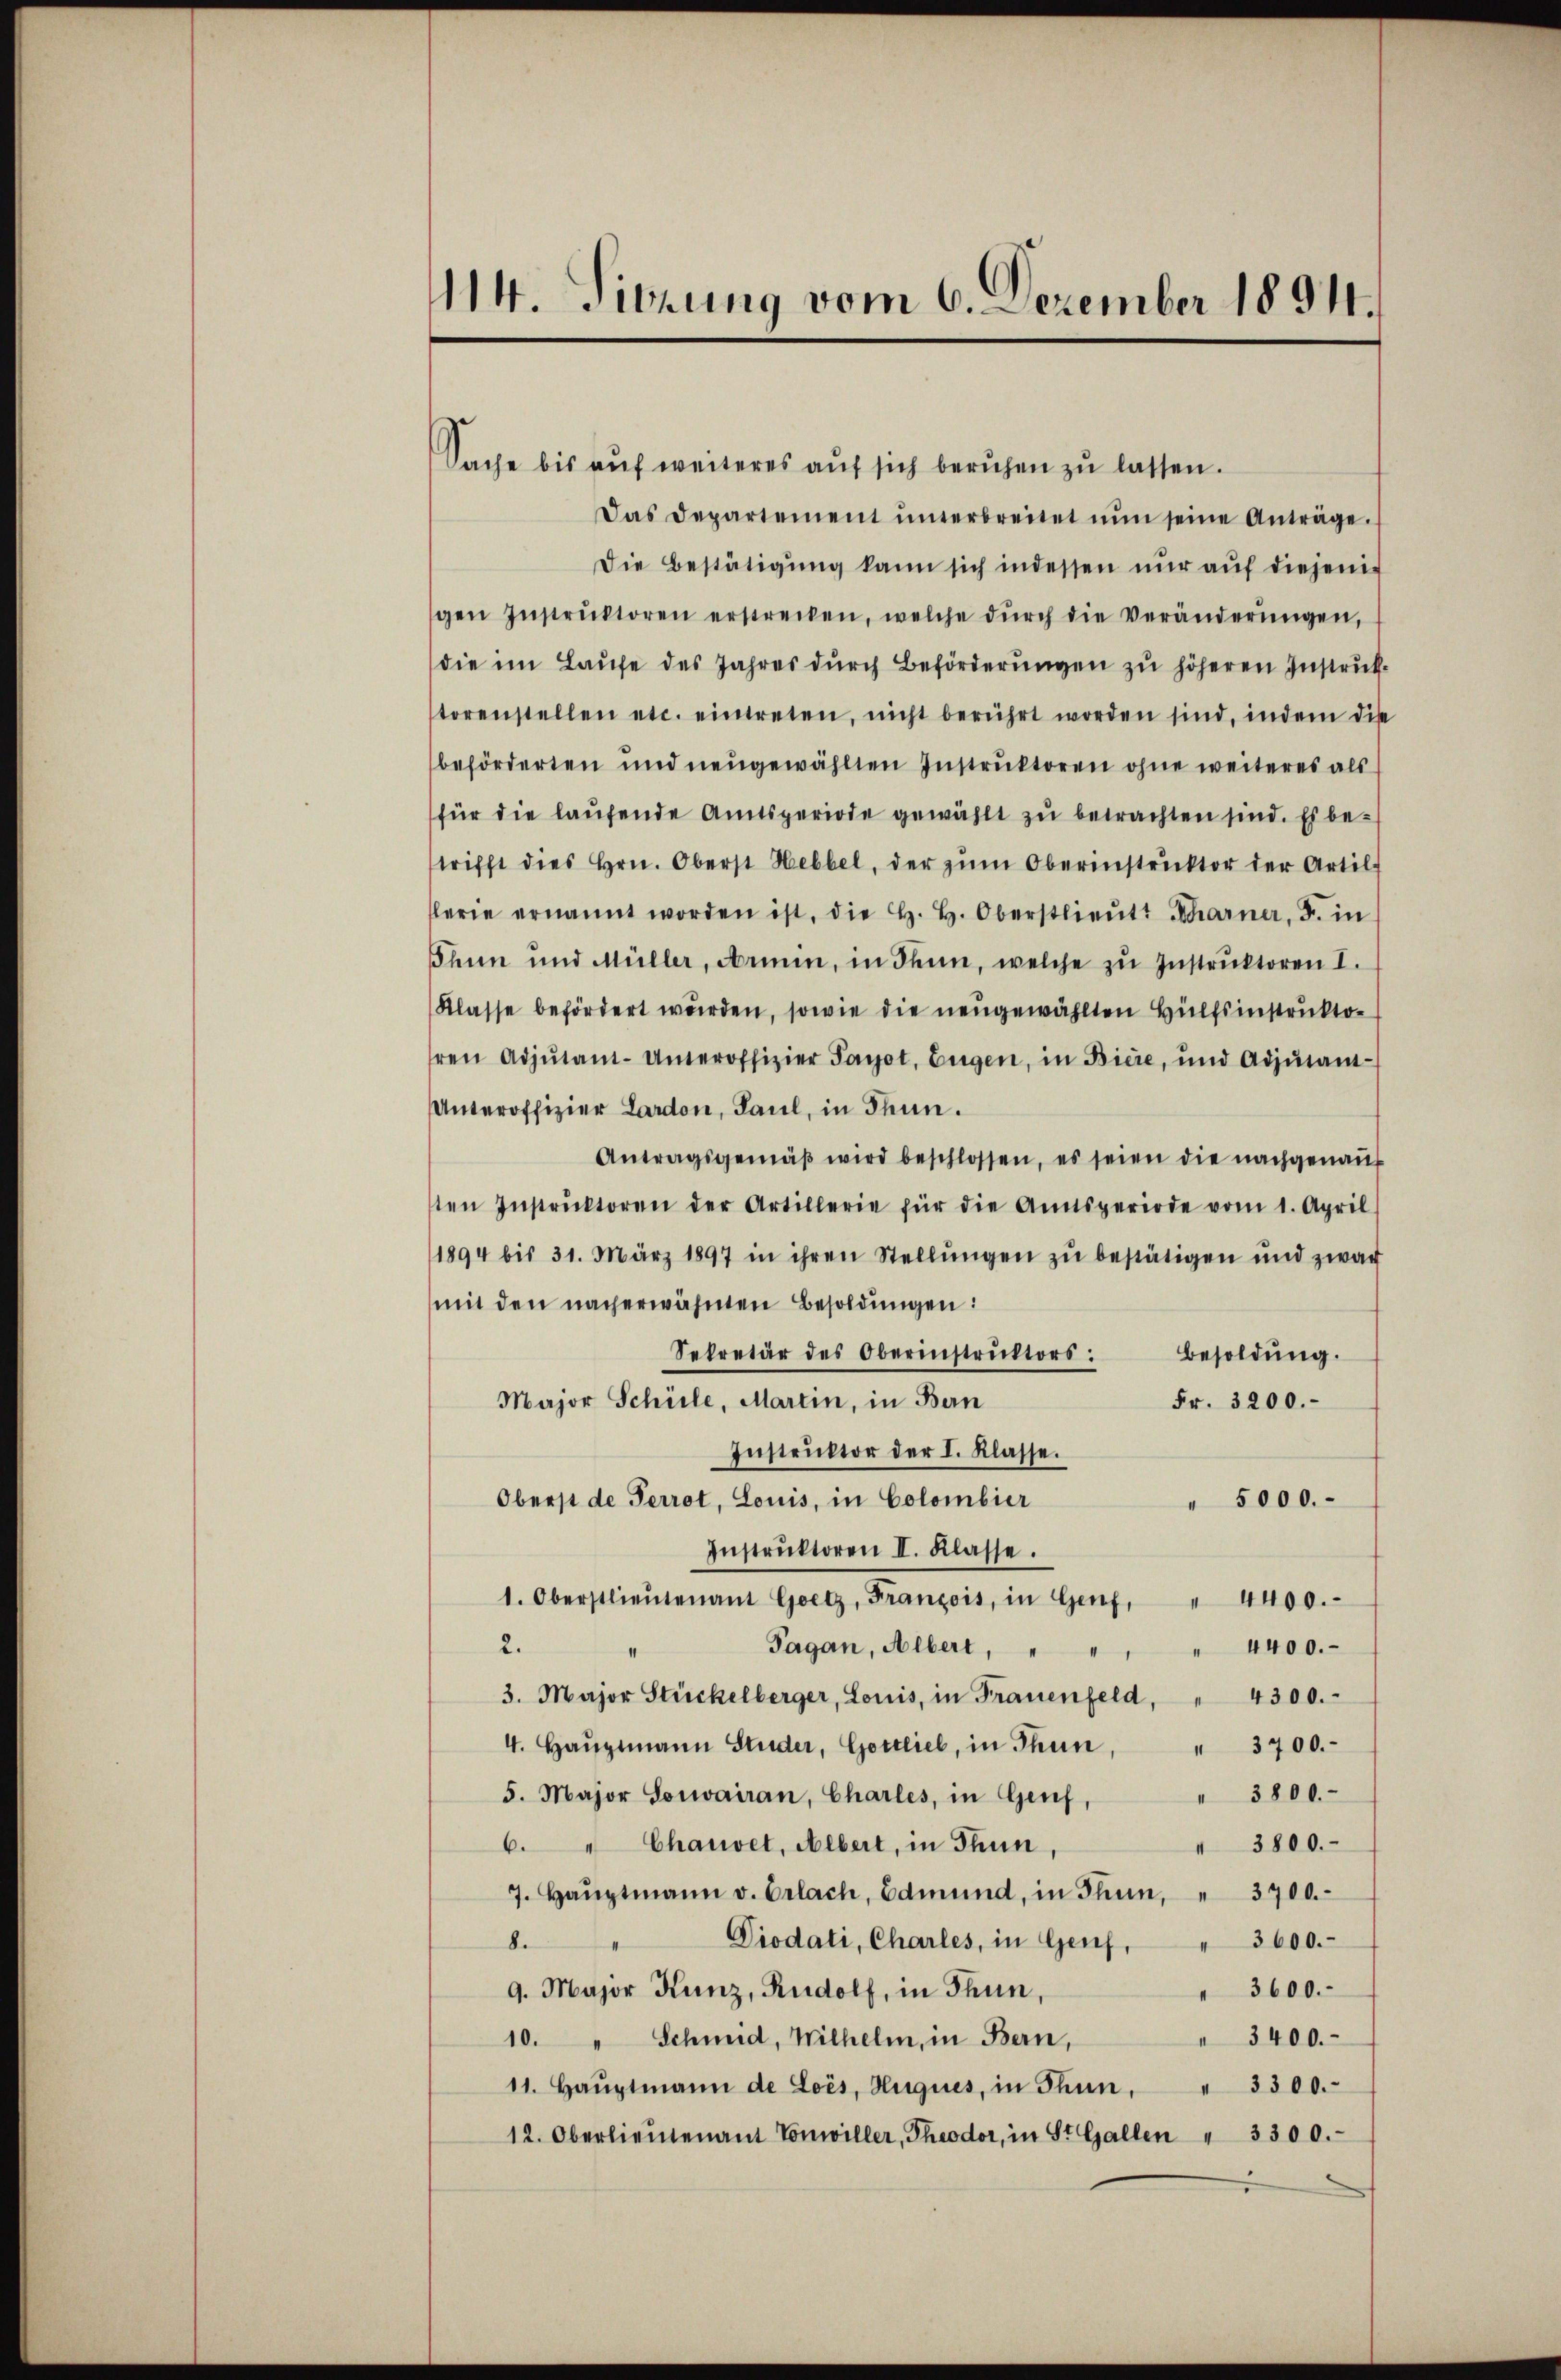
1114. Tierung vom 6. Dezember 1894.

Sache bis auf weiteres auf sich beruhen zu lassen.
Das Departement ŭnterbreitet nŭn seine Anträge.
Die Bestätigŭng kann sich indessen nŭr aŭf diejenigen Instrŭktoren erstrecken, welche dŭrch die Veränderŭngen,
die im Laufe des Jahres durch Beförderungen zu höheren Instruktorenstellen etc. eintreten, nicht berührt worden sind, indem dise
beförderten und neugewählten Instruktoren ohne weiteres als
für die laŭfende Amtsperiode gewählt zu betrachten sind. Es betrifft dies hrn. Oberst Hebbel, der zŭm Oberinstrŭktor der Artil-
flerie ernannt worden ist, die H. H. Oberstlieutt Scharner, F. in
Thun und Müller, Armen, in Thun, welche zu Instrŭktoren I.
Klasse befördert wurden, sowie die neugewählten Hülfsinstruktohren Adjutant-Unteroffizier Parot, Eugen, in Biere, und Adjutant-
Unteroffizier Lardon, Paul, in Thun.
Antragsgemäβ wird beschlossen, es seien die nachgenaṅt
sten Instrŭktoren der Artillerie für die Amtsperiode vom 1. April
1894 bis 31. März 1897 in ihren Stellŭngen zŭ bestätigen und zwar
mit den nach erwähnten Besoldungen:
Sekretär des Oberinstrŭktors: Besoldŭng.
Major Schule, Martin, in Bern
Fr. 3200.
Instruktor der I. Klasse.
5000.
Oberst de Perrot, Louis, in Colombier
Instrŭktoren II. Klasse.
1. Oberstlieutenant Goetz, Franzois, in Genf, " 4400.
Pagan, Albert,
2.
" 4400.
3. Major Stückelberger, Louis, in Frauenfeld, " 4300.
4. Haŭptmann Studer, Gottlieb, in Thun, " 3700.-
3800.
5. Major Sorairan, Charles, in Genf,
6. " Chauvet, Albert, in Thun
 3800.
7. Haŭptmann v. Erlach, Edmund, in Thun, " 3700.-
Diodati, Charles, in Genf, " 3600.
8.
9. Major Kunz, Rudolf, in Thun,
" 3600.
" 3400.
10. " Schmid, Wilhelm, in Bern,
11. Haŭptmann de Lois, Huques, in Thun, " 3300.
12. Oberlieutenant Vonwiller, Theodor, in St. Gallen " 3300.